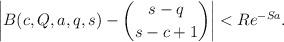
LaTeX: \begin{align*}\left\vert B(c,Q,a,q,s) - \binom{s-q}{s-c+1} \right\vert <R e^{-Sa}. \end{align*}